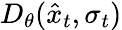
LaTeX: D_{\theta}(\hat{x}_{t},\sigma_{t})